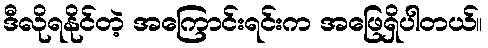
ဒီလိုရနိုင်တဲ့ အကြောင်းရင်းက အဖြေရှိပါတယ်။